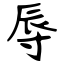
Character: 辱